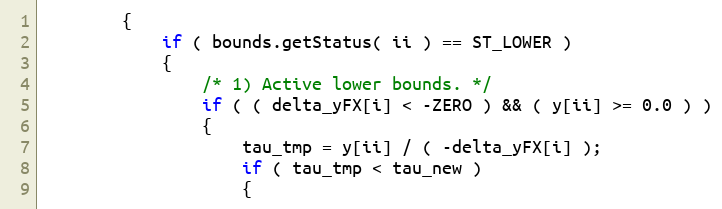
Language: C++
		{
			if ( bounds.getStatus( ii ) == ST_LOWER )
			{
				/* 1) Active lower bounds. */
				if ( ( delta_yFX[i] < -ZERO ) && ( y[ii] >= 0.0 ) )
				{
					tau_tmp = y[ii] / ( -delta_yFX[i] );
					if ( tau_tmp < tau_new )
					{